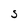
Character: S